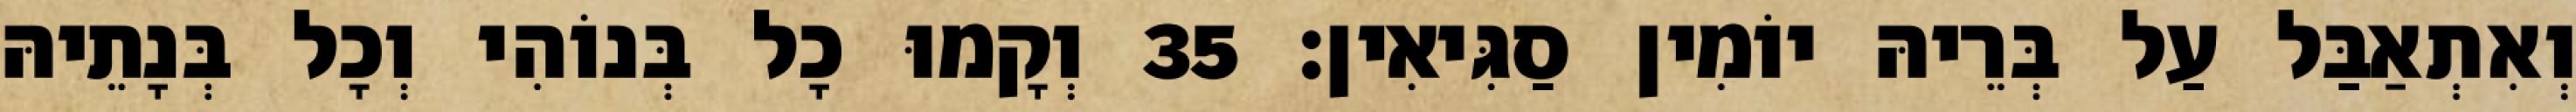
וְאִתְאַבַּל עַל בְּרֵיהּ יוֹמִין סַגִּיאִין׃ 35 וְקָמוּ כָל בְּנוֹהִי וְכָל בְּנָתֵיהּ